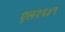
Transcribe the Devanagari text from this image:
एल१६४९